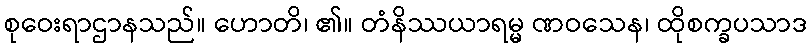
စုဝေးရာဌာနသည်။ ဟောတိ၊ ၏။ တံနိဿယာရမ္မ ဏဝသေန၊ ထိုစက္ခပသာဒ